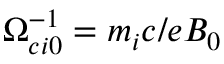
\Omega _ { c i 0 } ^ { - 1 } = m _ { i } c / e B _ { 0 }